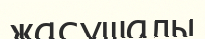
жасушалы